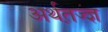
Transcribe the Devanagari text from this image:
अर्थत़ज्ज्ञ